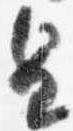
皇